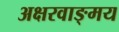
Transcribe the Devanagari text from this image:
अक्षरवाङ्‌मय